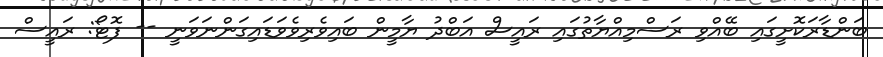
ބަންޑާރަކޮށީގައި ބޭއްވި ރަސްމިއްޔާތުގައި ރައީސް އަބްދު ޔާމީން ބައިވެރިވެވަޑައިގަންނަވަނީ -- ފޮޓޯ: ރައީސް